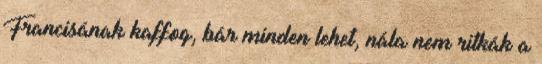
Francisának kaffog, bár minden lehet, nála nem ritkák a